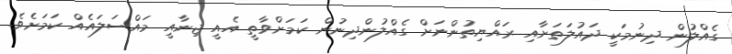
ގެއްލުން ދިނުމަކީ ދައުލަތަށާއި ރައްޔިތުންނަށް ގެއްލުންދިނުން ކަމަށްވާތީ އެއީ ޖިނާއީ މައްސަލައެއް ކަމަށެވެ.